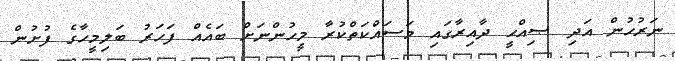
ނަރުހުން އަދި ޞިއްޙީ ދާއިރާގައި މަސައްކަތްކުރާ މީހުންނަށް ބައެއް ފަހަރު ބަލިމީހާގެ ފުށުން